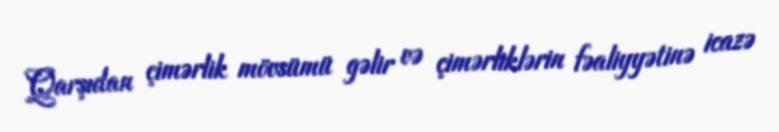
Qarşıdan çimərlik mövsümü gəlir və çimərliklərin fəaliyyətinə icazə